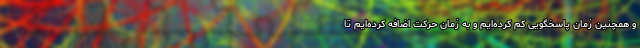
و همچنین زمان پاسخگویی کم کرده‌ایم و به زمان حرکت اضافه کرده‌ایم تا